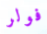
فولر